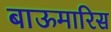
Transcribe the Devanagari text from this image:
बाऊमारिस